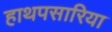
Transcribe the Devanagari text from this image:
हाथपसारिया